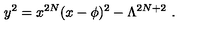
y ^ { 2 } = x ^ { 2 N } ( x - \phi ) ^ { 2 } - \Lambda ^ { 2 N + 2 } \ .